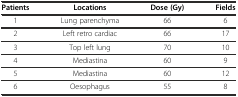
<table><thead><tr><td><b>Patients</b></td><td><b>Locations</b></td><td><b>Dose (Gy)</b></td><td><b>Fields</b></td></tr></thead><tbody><tr><td>1</td><td>Lung parenchyma</td><td>66</td><td>6</td></tr><tr><td>2</td><td>Left retro cardiac</td><td>66</td><td>17</td></tr><tr><td>3</td><td>Top left lung</td><td>70</td><td>10</td></tr><tr><td>4</td><td>Mediastina</td><td>60</td><td>9</td></tr><tr><td>5</td><td>Mediastina</td><td>60</td><td>12</td></tr><tr><td>6</td><td>Oesophagus</td><td>55</td><td>8</td></tr></tbody></table>